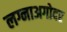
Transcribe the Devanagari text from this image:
लग्नाअगोदर